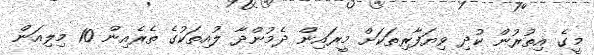
މީގެ އިތުރުން ކުދި ވިޔަފާރިތަކަށް މީރައިން ދެމުންދާ ލުއިތަކުގެ ތެރެއިން 10 މިލިއަން